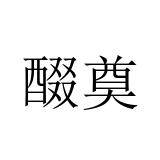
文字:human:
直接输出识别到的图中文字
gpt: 醊奠